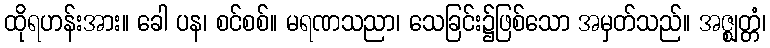
ထိုရဟန်းအား။ ခေါ ပန၊ စင်စစ်။ မရဏသညာ၊ သေခြင်း၌ဖြစ်သော အမှတ်သည်။ အဇ္ဈတ္တံ၊